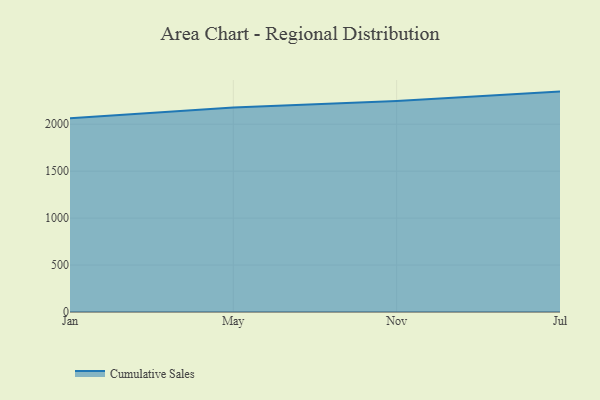
{"axis": {"x": "Month", "y": "Active Users"}, "legend": ["Cumulative Sales"], "data": [{"x": "Jan", "y": 2063.3, "type": "Cumulative Sales"}, {"x": "May", "y": 2177.9, "type": "Cumulative Sales"}, {"x": "Nov", "y": 2247.6, "type": "Cumulative Sales"}, {"x": "Jul", "y": 2347.6, "type": "Cumulative Sales"}]}